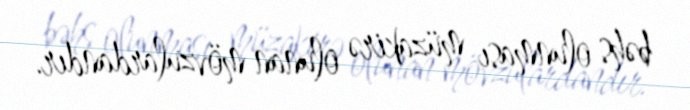
bəhs olunması müzakirə olunan mövzulardandır.